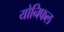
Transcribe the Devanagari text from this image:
योनिफल